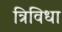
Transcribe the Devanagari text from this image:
त्रिविधा